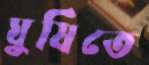
ঘুষিতে